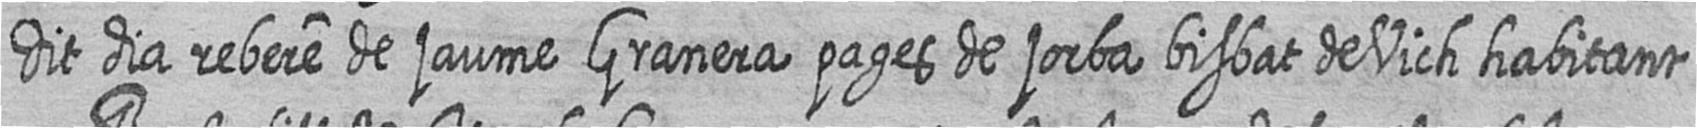
dit dia rebere de jaume Granera pages de jorba bisbat de Vich habitant